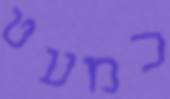
כמעט